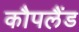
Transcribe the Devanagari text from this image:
कौपलैंड